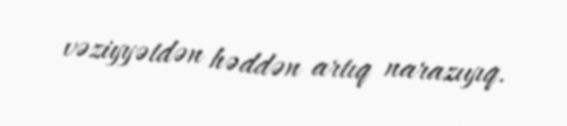
vəziyyətdən həddən artıq narazıyıq.